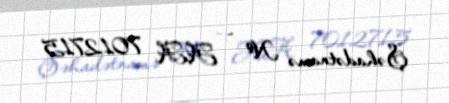
Şəhadətnamə № - AA 7012715